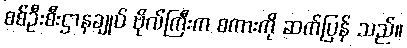
စစ်ဦးစီးဌာနချုပ် ဗိုလ်ကြီးက စကားကို ဆက်ပြန် သည်။